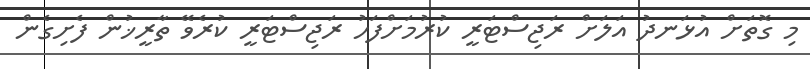
މި ގޮތަށް އުޅަނދު އަލަށް ރަޖިސްޓަރީ ކުރުމަށްފަހު ރަޖިސްޓަރީ ކުރެވޭ ތާރީޚުން ފެށިގެން